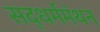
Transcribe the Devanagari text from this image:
सद्‌धर्ममंथन